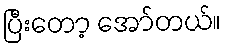
ပြီးတော့ အော်တယ်။